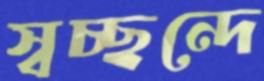
স্বচ্ছন্দে